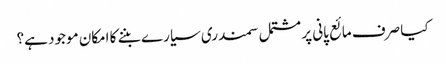
کیا صرف مائع پانی پر مشتمل سمندری سیارے بننے کا امکان موجود ہے؟